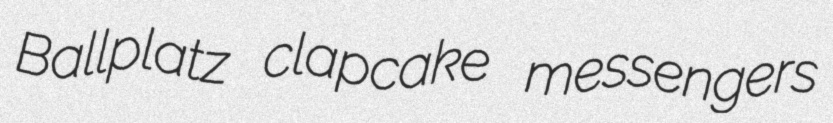
Ballplatz clapcake messengers